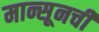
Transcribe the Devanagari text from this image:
मान्सूनची